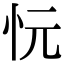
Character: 忨